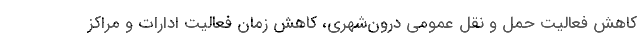
کاهش فعالیت حمل و نقل عمومی درون‌شهری، کاهش زمان فعالیت ادارات و مراکز